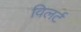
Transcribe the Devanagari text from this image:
विलर्ट